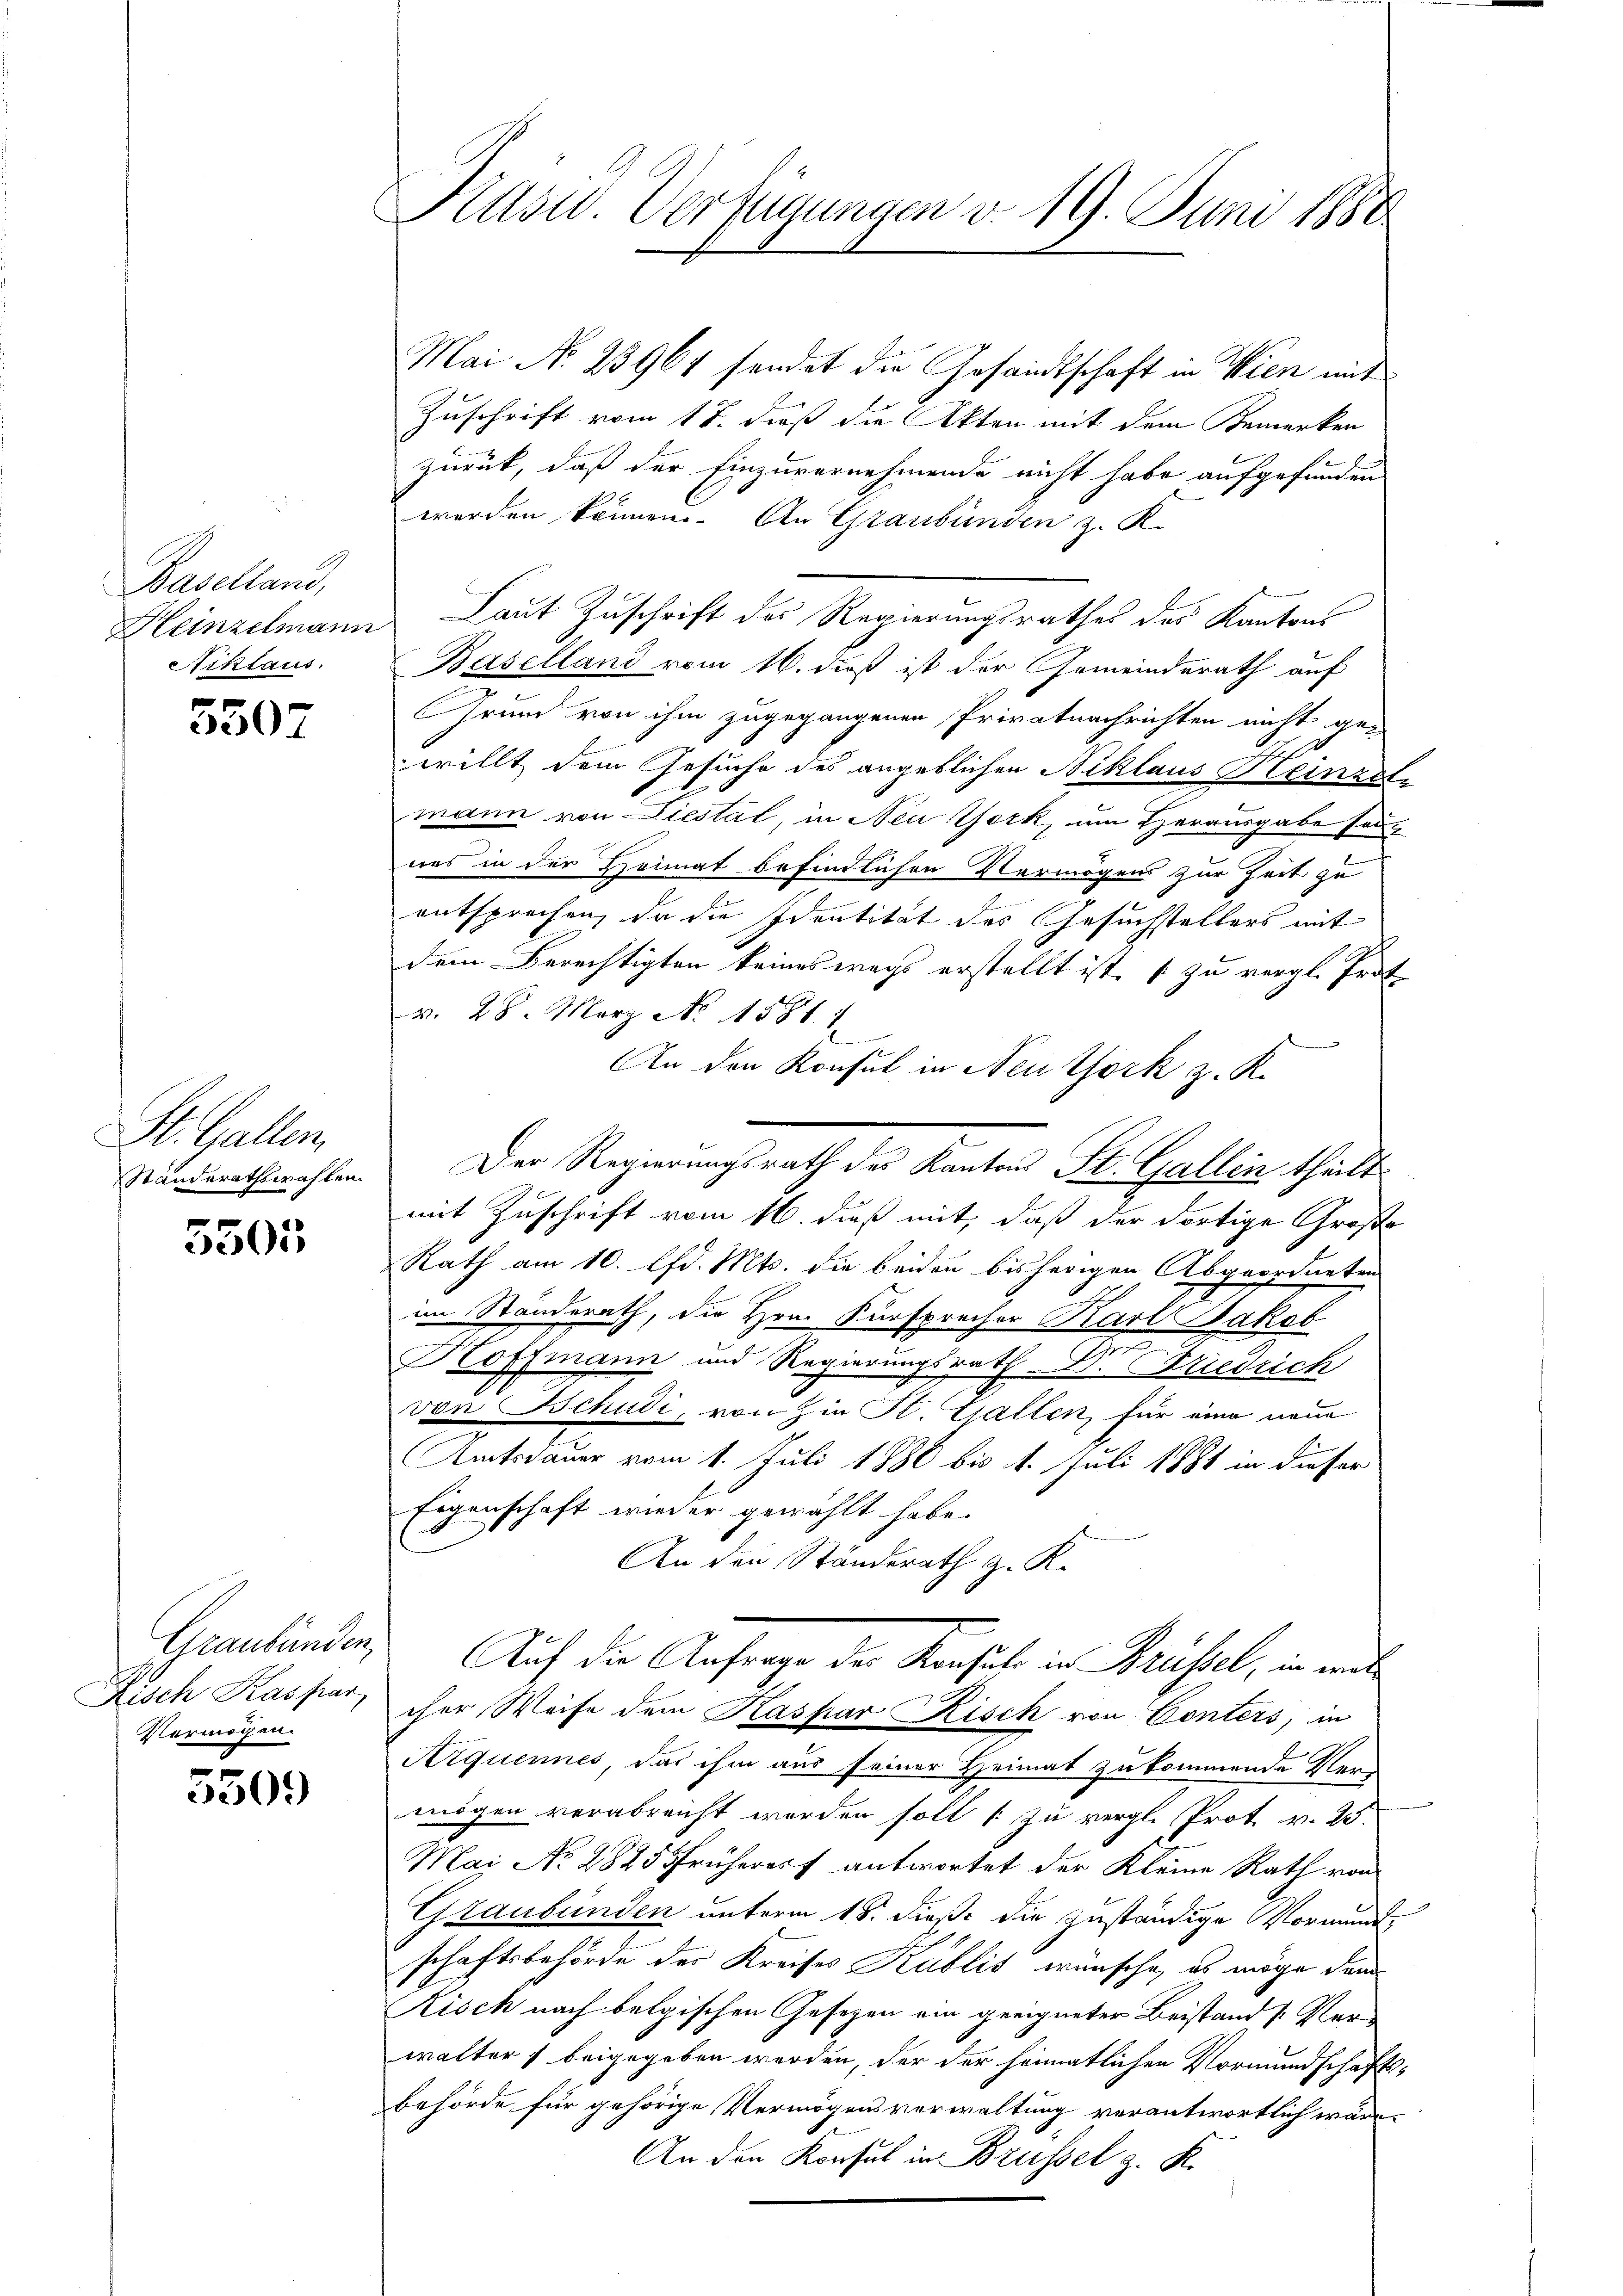
Baselland,
Niklaus

5507

St. Gallen.

5505

Graubünden,
Risch Kaspar,
Vermögen.

3509

Kasid. Verfügungen v. 19. Juni 1880

Mai N. 23961 sendet die Gesandtschaft in Wien mit
Zuschrift vom 17. dieß die Akten mit dem Bemerken
zurück, daß der Einzuvernehmende nicht habe aufgefunden
werden können. An Graubünden z. R.
Heinzelmann Laut Zuschrift des Regierungsrathes des Kantons
Baselland vom 16. dieß ist der Gemeinderath auf
Grund von ihm zugegangenen Privatnachrichten nicht ge-
.
willt dem Gesuche des angeblichen Niklaus Beeinzute
mann von Liestal, in Neu York, um Herausgabe sonwas in der Heimat befindlichen Vermögens zur Zeit zu
entsprechen, da die Identität des Gesuchstellers mit
dem Berechtigten keineswegs erstellt ist, zu vergl. Prot
v. 28. März No. 1581. 1
An den Konsul in Neuthork z. R.
Ständerathswahlen. Der Regierungsrath des Kantons St. Gallen theilt
mit Zuschrift vom 16. dieß mit, daß der dortige Große
Rath am 10. lfd. Mts. die beiden bisherigen Abgeordneten
im Standerath, die Hrn. Fürsprecher Karl Jakob
m
Hoffmann und Regierungsrath Dr. Friedrich
von Schudi, von hin St. Gallen, für eine neue
Amtsdauer vom 1. Juli 1886 bis 1. Juli 1881 in dieser
Eigenschaft wieder gewählt habe.
An den Ständerath z. K.
Auf die Anfrage der Konsul in Brüssel, in ein
cher Weise dem Kaspar Risch von Conters, in
Aiquennes, das ihm aus seiner Heimat zukommende Neu
mögen verabreicht worden soll zu vergl. Prot v. 25.
Mai No 2825 früherer antwortet der Kleine Rath von
Graubünden unterm 18. dieß die zuständige Vormundschaftsbehörde der Kreises Kublit wünsche, es möge denn
Kisch nach belgischen Gesezen ein geeigneter Beistand [Verwalters beigegeben werden, der der heimatlichen Vormundschaftsbehörde für gehörige Vermögensverwaltung verantwortlich wäre.
An den Konsul in Brüssel z. K.